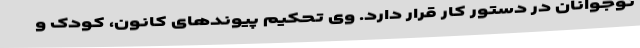
نوجوانان در دستور کار قرار دارد. وی تحکیم پیوندهای کانون، کودک و